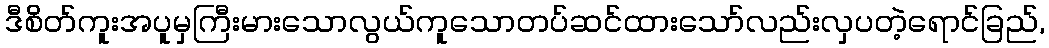
ဒီစိတ်ကူးအပူမှကြီးမားသောလွယ်ကူသောတပ်ဆင်ထားသော်လည်းလှပတဲ့ရောင်ခြည်,